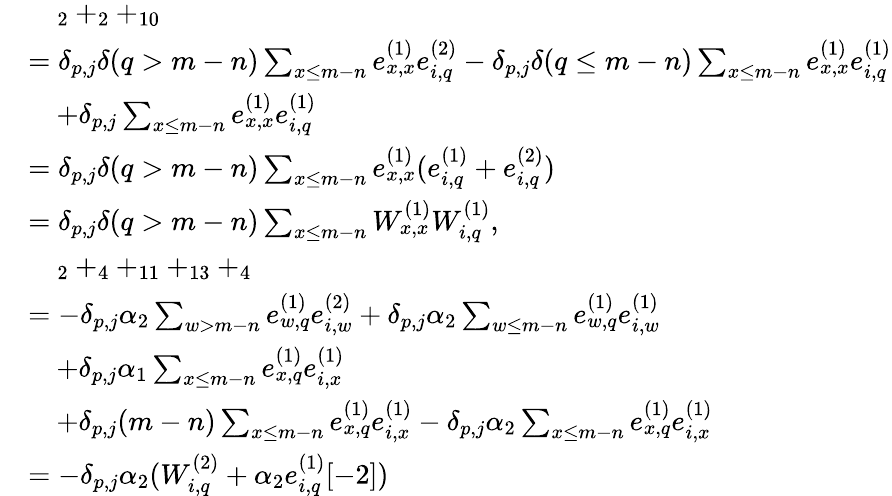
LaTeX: \begin{array}{rl}&{\quad_{2}+_{2}+_{10}}\\ &{=\delta_{p,j}\delta(q>m-n)\sum_{x\leq m-n}e_{x,x}^{(1)}e_{i,q}^{(2)}-\delta_{p,j}\delta(q\leq m-n)\sum_{x\leq m-n}e_{x,x}^{(1)}e_{i,q}^{(1)}}\\ &{\quad+\delta_{p,j}\sum_{x\leq m-n}e_{x,x}^{(1)}e_{i,q}^{(1)}}\\ &{=\delta_{p,j}\delta(q>m-n)\sum_{x\leq m-n}e_{x,x}^{(1)}(e_{i,q}^{(1)}+e_{i,q}^{(2)})}\\ &{=\delta_{p,j}\delta(q>m-n)\sum_{x\leq m-n}W_{x,x}^{(1)}W_{i,q}^{(1)},}\\ &{\quad_{2}+_{4}+_{11}+_{13}+_{4}}\\ &{=-\delta_{p,j}\alpha_{2}\sum_{w>m-n}e_{w,q}^{(1)}e_{i,w}^{(2)}+\delta_{p,j}\alpha_{2}\sum_{w\leq m-n}e_{w,q}^{(1)}e_{i,w}^{(1)}}\\ &{\quad+\delta_{p,j}\alpha_{1}\sum_{x\leq m-n}e_{x,q}^{(1)}e_{i,x}^{(1)}}\\ &{\quad+\delta_{p,j}(m-n)\sum_{x\leq m-n}e_{x,q}^{(1)}e_{i,x}^{(1)}-\delta_{p,j}\alpha_{2}\sum_{x\leq m-n}e_{x,q}^{(1)}e_{i,x}^{(1)}}\\ &{=-\delta_{p,j}\alpha_{2}(W_{i,q}^{(2)}+\alpha_{2}e_{i,q}^{(1)}[-2])}\end{array}